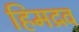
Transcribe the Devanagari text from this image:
हिमद्रव